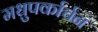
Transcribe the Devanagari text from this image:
मधुपर्कार्चन